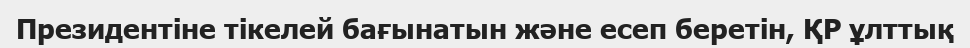
Президентіне тікелей бағынатын және есеп беретін, ҚР ұлттық